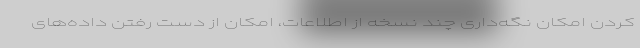
کردن امکان نگه‌داری چند نسخه‌ از اطلاعات، امکان از دست رفتن داده‌های